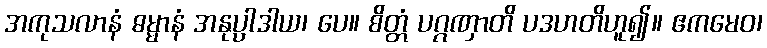
အကုသလာနံ ဓမ္မာနံ အနုပ္ပါဒါယ၊ ပေ။ စိတ္တံ ပဂ္ဂဏှာတိ ပဒဟတိဟူ၍။ ဧကမေဝ၊